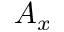
A _ { x }